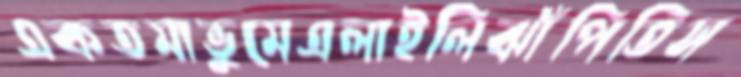
একতমাভুমেএলাইলিঝাঁপিতিস